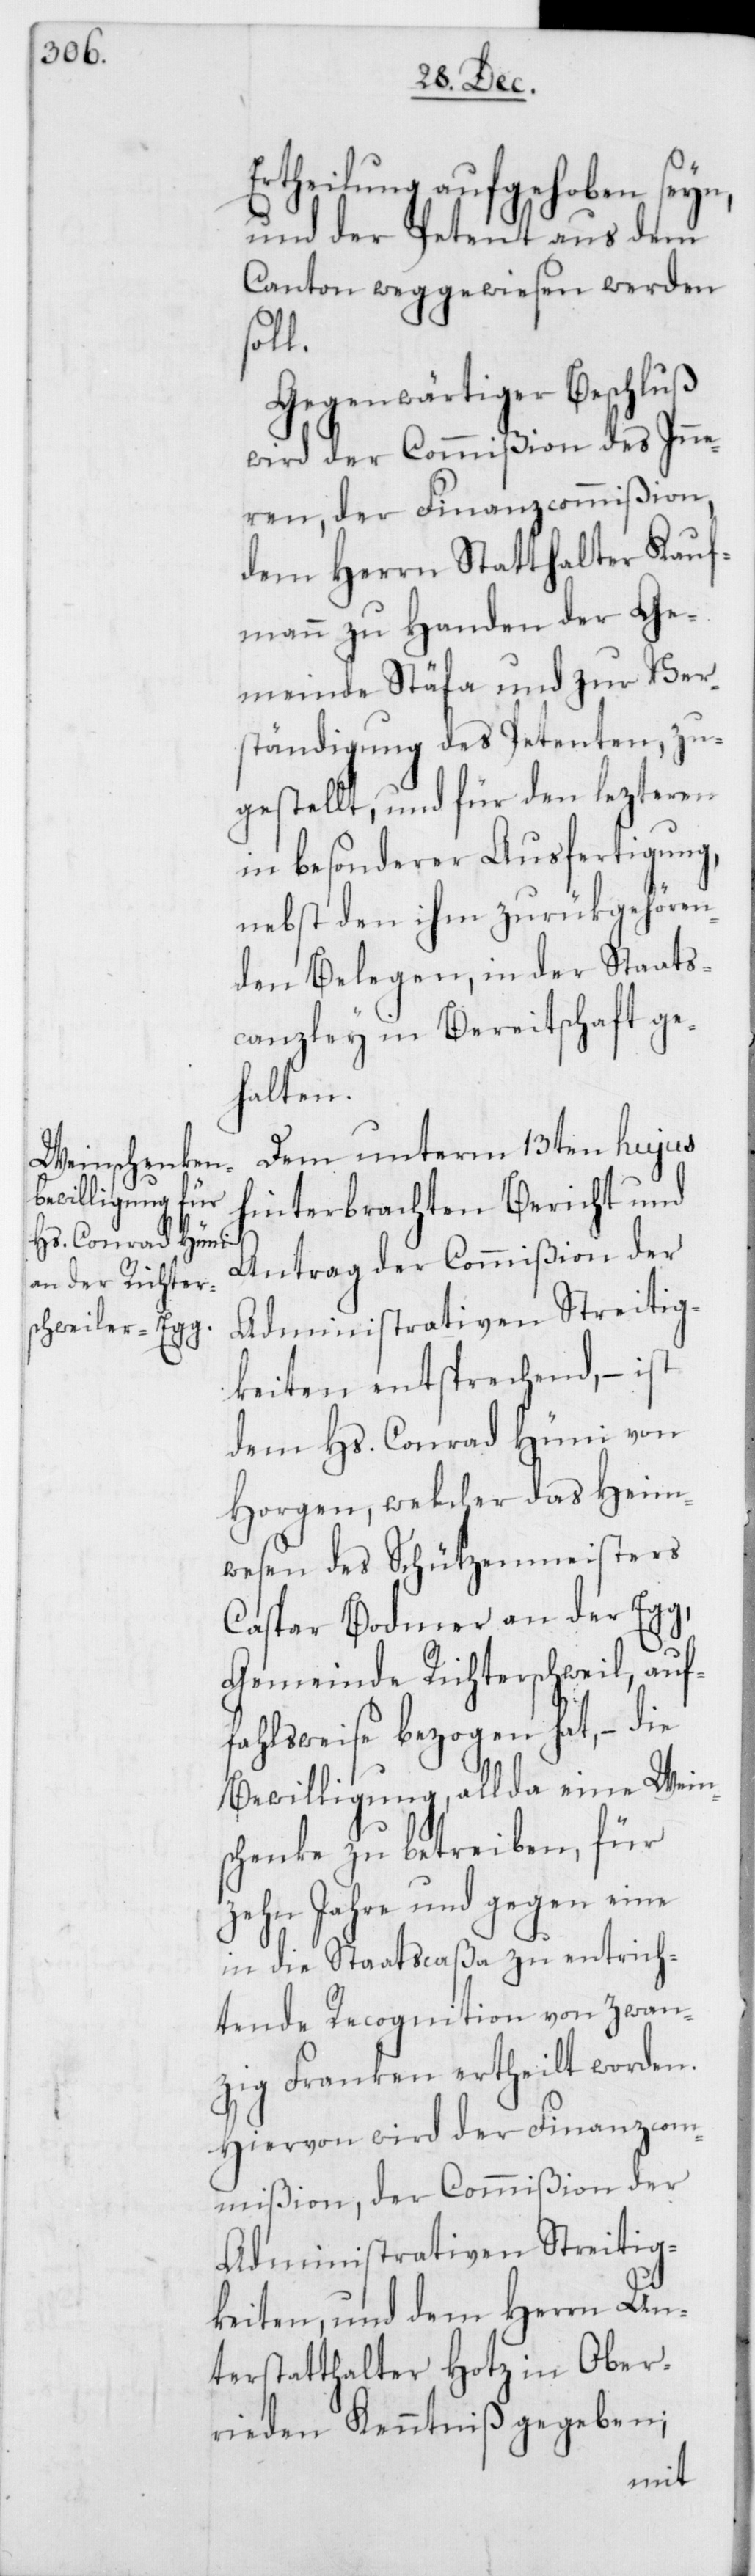
Ertheilung aufgehoben seyn,
und der Petent aus dem
Canton weggewiesen werden
Gegenwärtiger Beschluß
wird der Commißion des Inne¬
ren, der Finanzcommißion,
dem Herrn Statthalter Kauf¬
mann zu Handen der Ge¬
meinde Stäfa und zur Ver¬
ständigung des Petenten, zu¬
gestellt, und für den lezteren
in besonderer Ausfertigung,
nebst den ihm zurükgehören¬
den Belegen, in der Staats¬
canzley in Bereitschaft ge¬
halten.
Dem unterm 13ten hujus
hinterbrachten Bericht und
Antrag der Commißion der
Administrativen Streitig¬
keiten entsprechend, – ist
dem Hs. Conrad Hüni von
Horgen, welcher das Heim¬
wesen des Schützenmeisters
Caspar Bodmer an der Egg,
Gemeinde Richterschweil, auf¬
fahlsweise bezogen hat, – die
Bewilligung, allda eine Wein¬
schenke zu betreiben, für
zehn Jahre und gegen eine
in die Staatscaßa zu entrich¬
tende Recognition von zwan¬
zig Franken ertheilt worden.
Hiervon wird der Finanzcom¬
mißion, der Commißion der
Administrativen Streitig¬
keiten, und dem Herrn Un¬
terstatthalter Hotz in Ober¬
rieden Kenntniß gegeben;